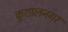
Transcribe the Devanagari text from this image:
कुशालनगर